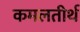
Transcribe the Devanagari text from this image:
कमलतीर्थ